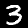
Digit: 3